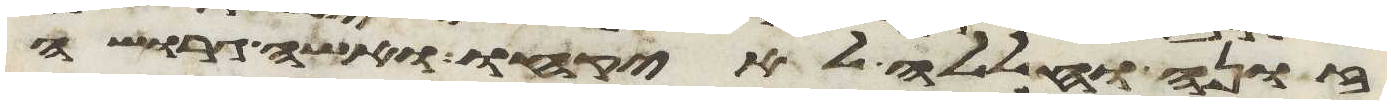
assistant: זונה וחללה לא יקחו ואשה גרושה